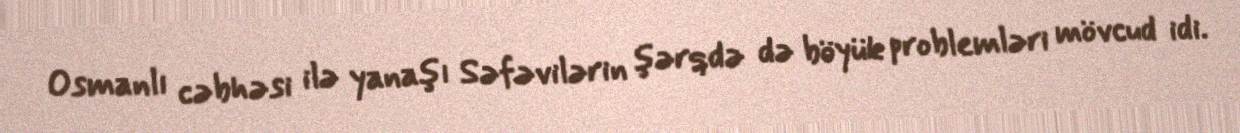
Osmanlı cəbhəsi ilə yanaşı Səfəvilərin şərqdə də böyük problemləri mövcud idi.